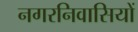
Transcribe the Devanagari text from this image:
नगरनिवासियों